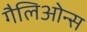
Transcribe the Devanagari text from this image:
गैलिओन्स